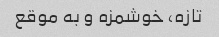
تازه، خوشمزه و به موقع